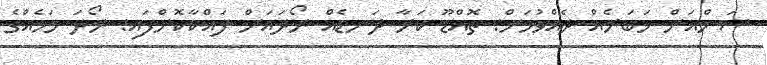
ސަންއަށް ޚަބަރެއް ދެއްވުމަށް: ތޮއްޑޫ ކަރާ ދަނޑެެއް ރޯދައަށް ފައްކާކޮށްފައި: ރޯދަ މަހެއްގެ